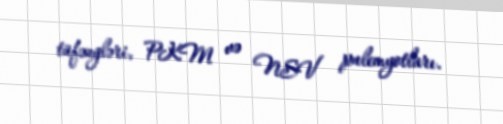
tüfəngləri, PKM və NSV pulemyotları.